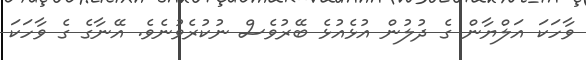
ވާހަކަ އަލްޔާން ގެ ދުލުން އުޅެއުޅެ ބޭރުވެސް ނުކުރެވުނެވެ. އޭނާގެ ގެ ވާހަކަ